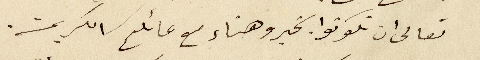
تعالى ان تكونوا بخير وهناء مع عائلتكم الكريمة.